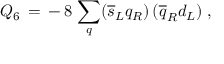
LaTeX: Q _ { 6 } \, = \, - \, 8 \, \sum _ { q } ( \overline { { { s } } } _ { L } q _ { R } ) \, ( \overline { { { q } } } _ { R } d _ { L } ) \; ,